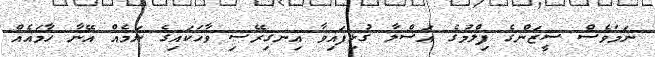
ނަމަވެސް ސީޒަންގެ ފިލްމުގެ އަސްލާ ގުޅިފައިވާ އިނގިރޭސި ވާހަކައިގެ ނަމެއް އޭނާ ހާމައެއް